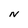
Character: N